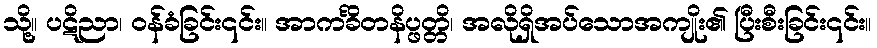
သို့။ ပဋိညာ၊ ဝန်ခံခြင်း၎င်း။ အာကင်္ခိတနိပ္ဖတ္တိ၊ အလိုရှိအပ်သောအကျိုး၏ ပြီးစီးခြင်း၎င်း။